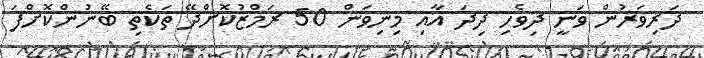
ދަރިވަރުން ވަނީ ދިވެހި ދިދަ އާއި މިނިވަން 50 ރަމްޒުކޮށްދޭ ތަކެތި ބޭނުންކޮށްފަ